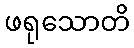
ဖရုသောတိ